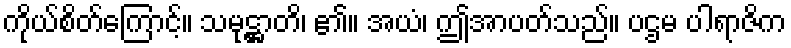
ကိုယ်စိတ်ကြောင့်။ သမုဋ္ဌာတိ၊ ၏။ အယံ၊ ဤအာပတ်သည်။ ပဌမ ပါရာဇိက